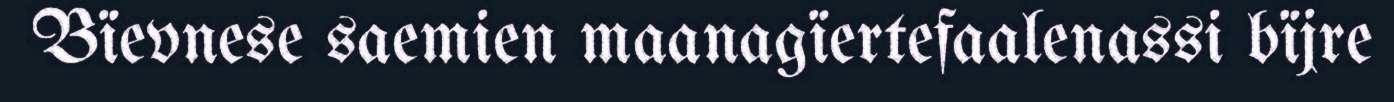
Bïevnese saemien maanagïertefaalenassi bïjre